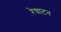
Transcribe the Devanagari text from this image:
रेषाटन